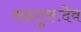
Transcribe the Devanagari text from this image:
सदगुरूदेव